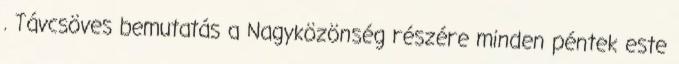
. Távcsöves bemutatás a Nagyközönség részére minden péntek este